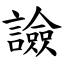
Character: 譣